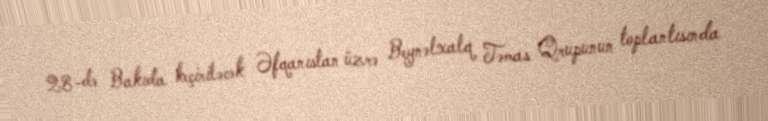
28-də Bakıda keçiriləcək Əfqanıstan üzrə Beynəlxalq Təmas Qrupunun toplantısında